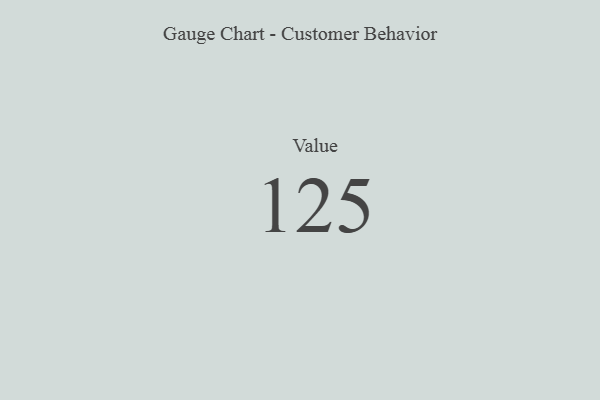
{"axis": {"x": "Metric", "y": "Value"}, "legend": [""], "data": [{"x": "Value", "y": 125, "type": ""}]}